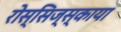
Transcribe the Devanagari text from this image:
रोस्सिज्स्काया